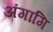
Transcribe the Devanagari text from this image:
अंगागि